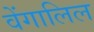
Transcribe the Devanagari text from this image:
वेंगालिल